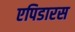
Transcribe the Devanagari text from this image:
एपिडारस